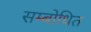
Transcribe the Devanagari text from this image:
सम्‍बोधित